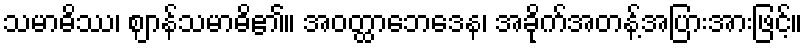
သမာဓိဿ၊ ဈာန်သမာဓိ၏။ အဝတ္ထာဘေဒေန၊ အခိုက်အတန့်အပြားအားဖြင့်။